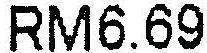
RM6.69